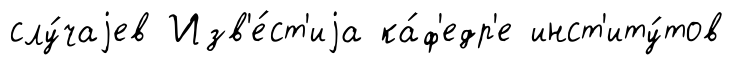
слу́чаjев Изв'е́ст'иjа ка́ф'едр'е инст'иту́тов